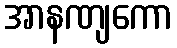
အာနဏျကော